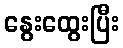
နွေးထွေးပြီး